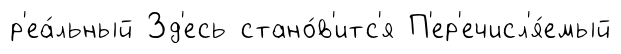
р'еа́льный Зд'есь стано́в'итс'я П'ер'ечисл'я́емый